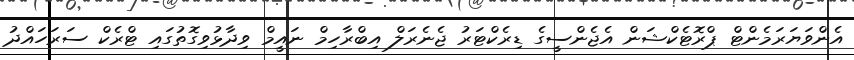
އެންވަޔަރަމެންޓް ޕްރޮޓެކްޝަން އެޖެންސީގެ ޑިރެކްޓަރު ޖެނެރަލް އިބްރާހިމް ނައީމް ވިދާޅުވިގޮތުގައި ޓްރެކް ސަރަހައްދު